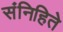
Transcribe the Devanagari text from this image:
संनिहिते